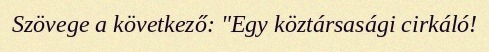
Szövege a következő: "Egy köztársasági cirkáló!